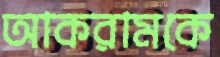
আকরামকে